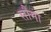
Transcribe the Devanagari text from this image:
सौमा